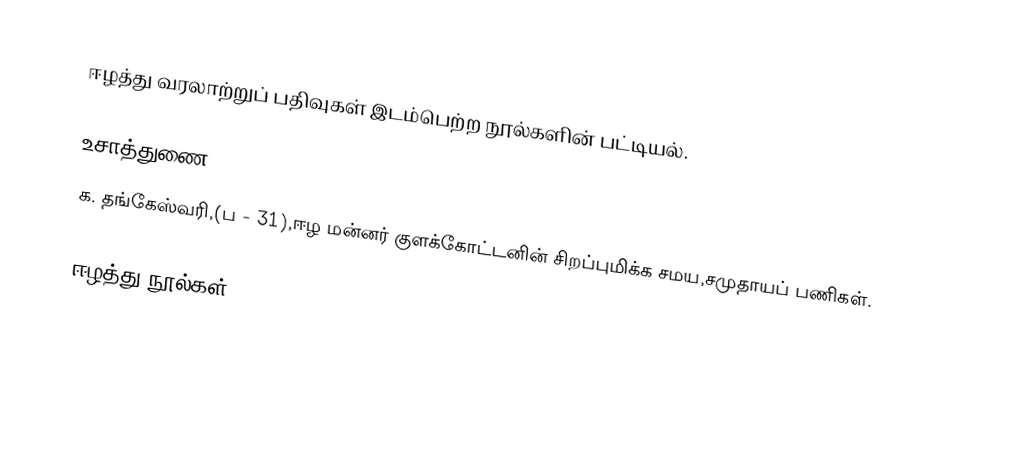
ஈழத்து வரலாற்றுப் பதிவுகள் இடம்பெற்ற நூல்களின் பட்டியல்.

உசாத்துணை
க. தங்கேஸ்வரி,(ப - 31),ஈழ மன்னர் குளக்கோட்டனின் சிறப்புமிக்க சமய,சமுதாயப் பணிகள்.

ஈழத்து நூல்கள்